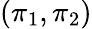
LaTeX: (\pi_{1},\pi_{2})